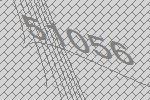
51056